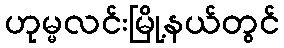
ဟုမ္မလင်းမြို့နယ်တွင်